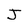
Character: J